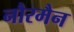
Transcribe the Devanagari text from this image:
नौरमैन